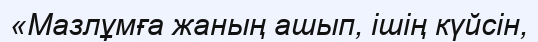
«Мазлұмға жаның ашып, ішің күйсін,